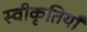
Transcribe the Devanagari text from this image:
स्वीकृतियाँ